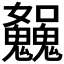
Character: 𩴿